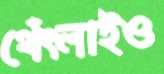
থেঁৎলাইও